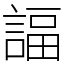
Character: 諨